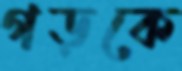
গড়কে